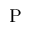
\mathrm { P }